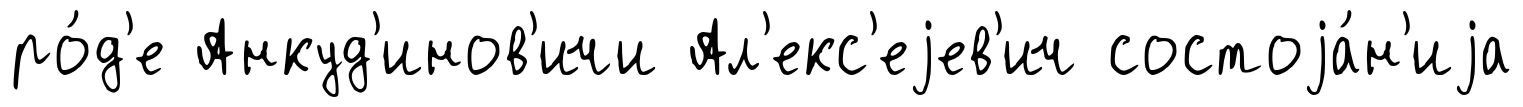
ро́д'е Анкуд'инов'ичи Ал'екс'еjев'ич состоjа́н'иjа